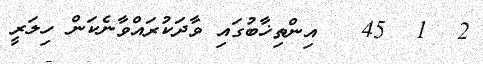
2  1  45   އިންތިޚާބުގައި ވާދަކުރައްވާނެކަން ހިލަރީ